Code of medical and sanitary regulations for the guidance of medical officers serving in the Madras Presidency - Volume I
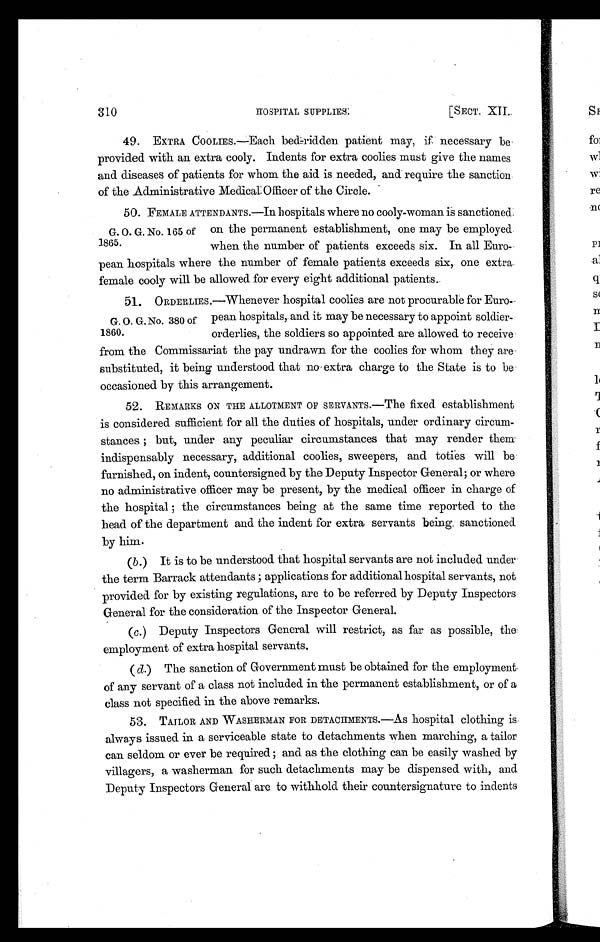
310
HOSPITAL SUPPLIES.
[SECT. XII.
49. EXTRA COOLIES.—Each bed ridden patient may, if necessary be
provided with an extra cooly. Indents for extra coolies must give the names
and diseases of patients for whom the aid is needed, and require the sanction
of the Administrative Medical Officer of the
C i r c l e .
G. O. G. No. 165 of
1865.
50.FEMALE ATTENDANTS.—In hospitals where no cooly-woman is sanctioned
on the permanent establishment, one may be employed
when the number of patients exceeds six. In all Euro-
pean hospitals where the number of female patients exceeds six, one extra
female cooly will be allowed for every eight additional patients.
G. O. G. No. 380 of
1860.
51. ORDERLIES.—Whenever hospital coolies are not procurable for Euro
-pean hospitals, and it may be necessary to appoint soldier-
orderlies, the soldiers so appointed are allowed to receive
from the Commissariat the pay undrawn for the coolies for whom they are
substituted, it being understood that no extra charge to the State is to be
occasioned by this arrangement.
52. REMARKS ON THE ALLOTMENT OF SERVANTS.—The fixed establishment
is considered sufficient for all the duties of hospitals, under ordinary circum-
stances ; but, under any peculiar circumstances that may render them
indispensably necessary, additional coolies, sweepers, and toties will be
furnished, on indent, countersigned by the Deputy Inspector General; or where
no administrative officer may be present, by the medical officer in charge of
the hospital ; the circumstances being at the same time reported to the
head of the department and the indent for extra servants being sanctioned
by him.
(b.) It is to be understood that hospital servants are not included under
the term Barrack attendants ; applications for additional hospital servants, not
provided for by existing regulations, are to be referred by Deputy Inspectors
General for the consideration of the Inspector General.
(c.) Deputy Inspectors General will restrict, as far as possible, the
employment of extra hospital servants.
(d.) The sanction of Government must be obtained for the employment.
of any servant of a class not included in the permanent establishment, or of a
class not specified in the above remarks.
53. TAILOR AND WASHERMAN FOR DETACHMENTS.—As hospital clothing is
always issued in a serviceable state to detachments when marching, a tailor
can seldom or ever be required ; and as the clothing can be easily washed by
villagers, a washerman for such detachments may be dispensed with, and
Deputy Inspectors General are to withhold their countersignature to indents